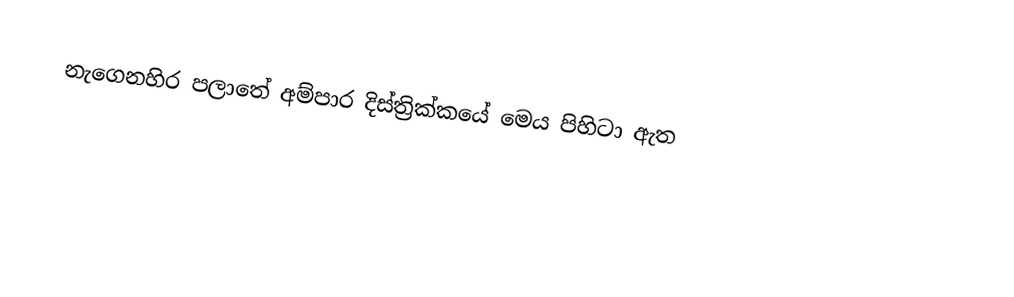
නැගෙනහිර පලාතේ අම්පාර දිස්ත්‍රික්කයේ මෙය පිහිටා ඇත